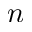
n